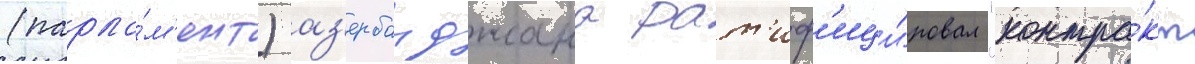
(парла́м'ент) аз'ербаиджана рат'иф'ици́ровал "контра́кт